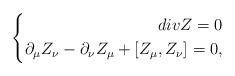
LaTeX: \begin{align*} \left\{\begin{aligned}div Z=0\\\partial_\mu Z_\nu-\partial_\nu Z_\mu+[Z_\mu,Z_\nu]=0, \end{aligned}\right.\end{align*}